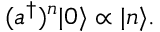
( a ^ { \dagger } ) ^ { n } | 0 \rangle \propto | n \rangle .